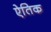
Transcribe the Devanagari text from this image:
ऐतिक